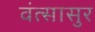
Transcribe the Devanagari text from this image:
वंत्सासुर